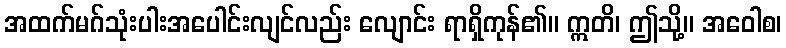
အထက်မဂ်သုံးပါးအပေါင်းလျင်လည်း လျောင်း ရာရှိကုန်၏။ ဣတိ၊ ဤသို့။ အဝေါစ၊